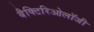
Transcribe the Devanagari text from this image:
बैक्टिरिओलॉजी